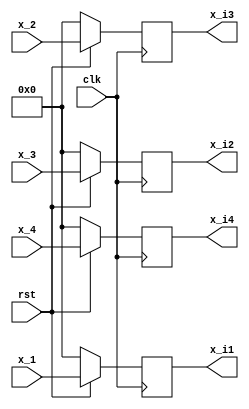
`timescale 1ns / 1ps


module inter2(
    input clk,
	 input rst,
	 input[15:0] x_1,
	 input[15:0] x_2,
	 input[15:0] x_3,
	 input[15:0] x_4,
    output[15:0] x_i1,
    output[15:0] x_i2,
    output[15:0] x_i3,
    output[15:0] x_i4
    );
reg[15:0] x1;
reg[15:0] x2;
reg[15:0] x3;
reg[15:0] x4;

assign x_i1 = x1;
assign x_i2 = x2;
assign x_i3 = x3;
assign x_i4 = x4;

always @(posedge clk)
begin
 if(!rst)
  begin
   x1<=0;
	x2<=0;
	x3<=0;
	x4<=0;
  end
 else
  begin
   x1<=x_1;
	x2<=x_3;
	x3<=x_2;
	x4<=x_4;
  end
end
endmodule